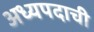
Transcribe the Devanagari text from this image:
अध्यपदाची